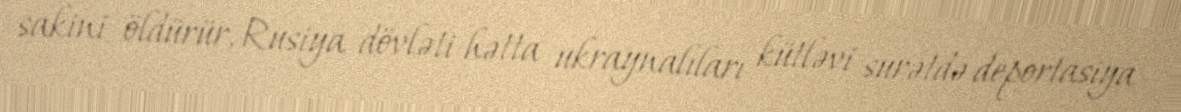
sakini öldürür, Rusiya dövləti hətta ukraynalıları kütləvi surətdə deportasiya